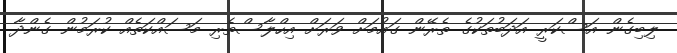
ލިބިގެން އަސްކަރީ އަދަބުތަކުގެ ތެރޭން ގައުމަށް ވަރަށް އިހްލާސްތެރި މަސައްކަތެއް ކުރަމުން ގެންދާ